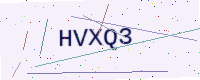
Text: HVXQ3